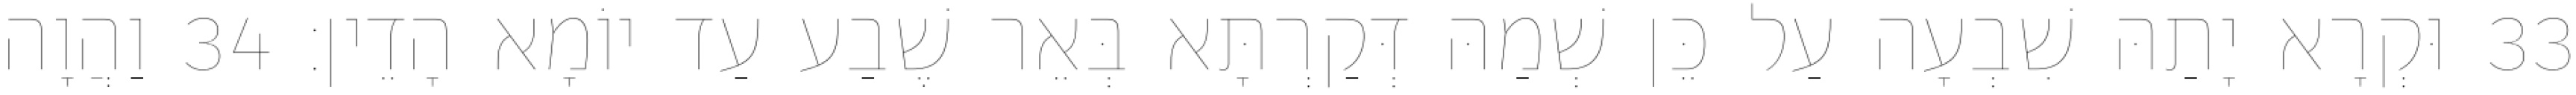
33 וּקְרָא יָתַהּ שִׁבְעָה עַל כֵּן שְׁמַהּ דְּקַרְתָּא בְּאֵר שֶׁבַע עַד יוֹמָא הָדֵין׃ 34 וַהֲוָה